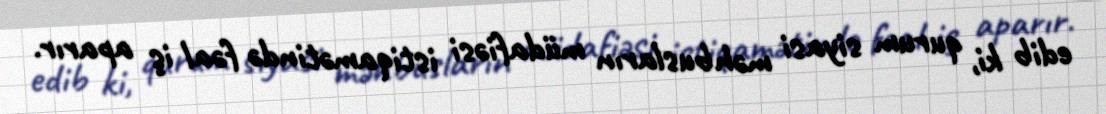
edib ki, qurum siyasi məhbusların müdafiəsi istiqamətində fəal iş aparır.